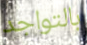
بالتواجد